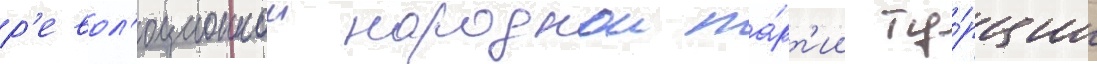
р'евол'юционнои народнои па́рт'ии ту́рции